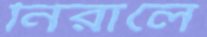
নিরালে